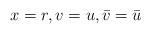
LaTeX: \begin{align*}x = r,v = u,\bar{v}=\bar{u}\end{align*}